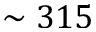
\sim 3 1 5